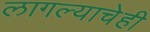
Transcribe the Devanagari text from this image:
लागल्याचेही